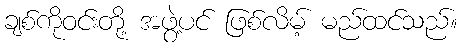
ချစ်ကိုဝင်းတို့ အဖွဲ့ပင် ဖြစ်လိမ့် မည်ထင်သည်။